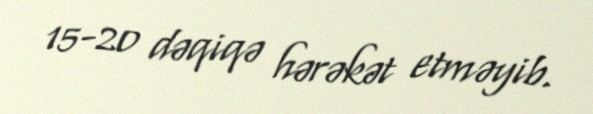
15-20 dəqiqə hərəkət etməyib.